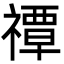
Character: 禫